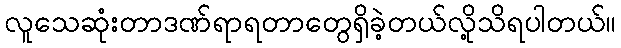
လူသေဆုံးတာဒဏ်ရာရတာတွေရှိခဲ့တယ်လို့သိရပါတယ်။